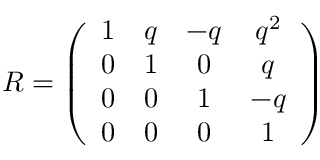
R = \left( \begin{array} { c c c c } { { 1 } } & { { q } } & { { - q } } & { { q ^ { 2 } } } \\ { { 0 } } & { { 1 } } & { { 0 } } & { { q } } \\ { { 0 } } & { { 0 } } & { { 1 } } & { { - q } } \\ { { 0 } } & { { 0 } } & { { 0 } } & { { 1 } } \end{array} \right)